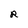
Character: R